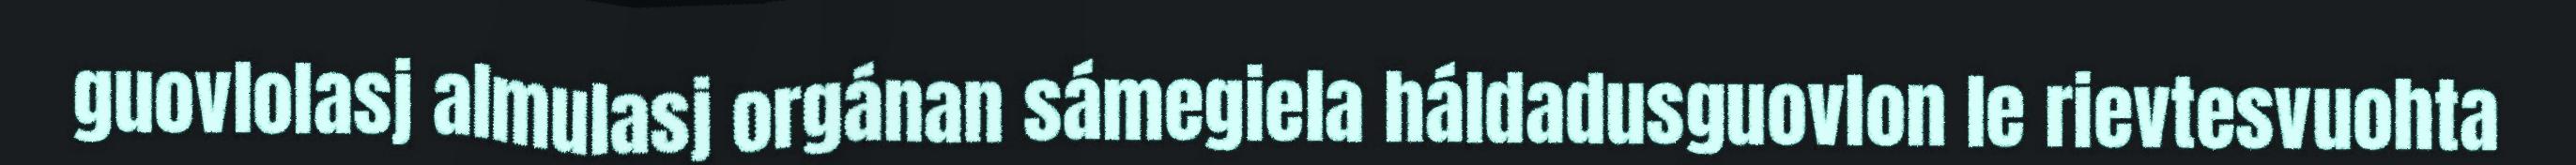
guovlolasj almulasj orgánan sámegiela háldadusguovlon le rievtesvuohta